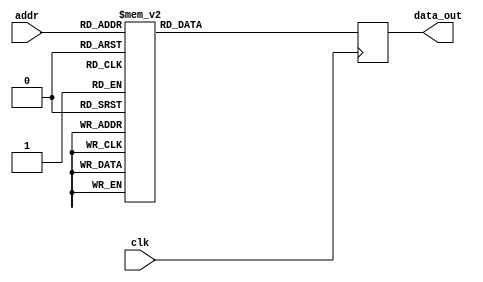
module twiddle_ROM_real_5 (
    input wire clk,
    input wire [4:0] addr,
    output reg [15:0] data_out
);

always @(posedge clk) begin
    case(addr)
 5'b00000: data_out <= 16'h0100 ;
5'b00001: data_out <= 16'h0100 ;
5'b00010: data_out <= 16'h0100 ;
5'b00011: data_out <= 16'h0100 ;
5'b00100: data_out <= 16'h0100 ;
5'b00101: data_out <= 16'h0000 ;
5'b00110: data_out <= 16'h0100 ;
5'b00111: data_out <= 16'h0000 ;
5'b01000: data_out <= 16'h0100 ;
5'b01001: data_out <= 16'h00B5 ;
5'b01010: data_out <= 16'h0000 ;
5'b01011: data_out <= 16'hFF4A ;
5'b01100: data_out <= 16'h0000 ;
5'b01101: data_out <= 16'hFF9E ;
5'b01110: data_out <= 16'hFF4A ;
5'b01111: data_out <= 16'hFF13 ;
5'b10000: data_out <= 16'h00B5 ;
5'b10001: data_out <= 16'h008E ;
5'b10010: data_out <= 16'h0061 ;
5'b10011: data_out <= 16'h0031 ;
5'b10100: data_out <= 16'hFF9E ;
5'b10101: data_out <= 16'hFF87 ;
5'b10110: data_out <= 16'hFF71 ;
5'b10111: data_out <= 16'hFF5D ;
5'b11000: data_out <= 16'h008E ;
5'b11001: data_out <= 16'h0083 ;
5'b11010: data_out <= 16'h0078 ;
5'b11011: data_out <= 16'h006D ;


        default: data_out <= 16'h00000;
    endcase
end

endmodule